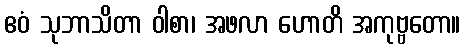
ဧဝံ သုဘာသိတာ ဝါစာ၊ အဖလာ ဟောတိ အကုဗ္ဗတော။